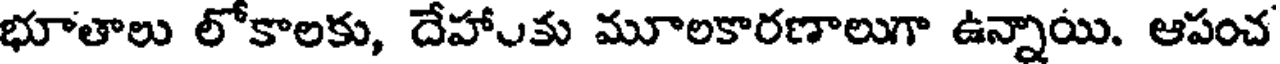
భూతాలు లోకాలకు, దేహాుకు మూలకారణాలుగా ఉన్నాయి. ఆపంచ